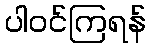
ပါဝင်ကြရန်